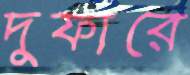
দুফারে